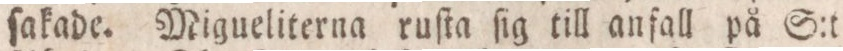
ſakade. Migueliterna ruſta ſig till anfall på S:t